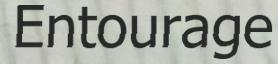
Entourage